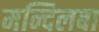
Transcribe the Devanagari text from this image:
मन्दिलबा